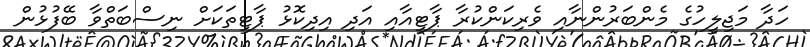
ހަދާ މަޖިލީހުގެ މެންބަރުންނާއި ވެރިކަންކުރާ ޕާޓީއާއި އަދި އިދިކޮޅު ޕާޓީތަކަށް ނިސްބަތްވާ ބޭފުޅުން